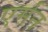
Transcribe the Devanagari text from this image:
एर्मन